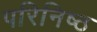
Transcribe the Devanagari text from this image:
परिनिष्ठ